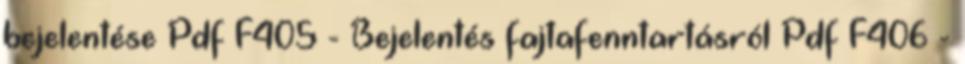
bejelentése Pdf F405 - Bejelentés fajtafenntartásról Pdf F406 -